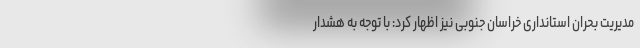
مدیریت بحران استانداری خراسان جنوبی نیز اظهار کرد: با توجه به هشدار